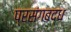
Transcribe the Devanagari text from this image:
प्रसंगबद्ध